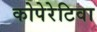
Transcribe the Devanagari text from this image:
कोपेरेटिवा